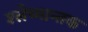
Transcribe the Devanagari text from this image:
श्‍लेष्मान्तक